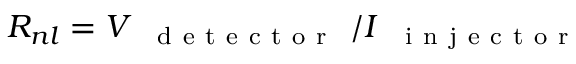
R _ { n l } = V _ { \mathrm { ~ \textrm ~ { ~ d ~ e ~ t ~ e ~ c ~ t ~ o ~ r ~ } ~ } } / I _ { \mathrm { ~ \textrm ~ { ~ i ~ n ~ j ~ e ~ c ~ t ~ o ~ r ~ } ~ } }